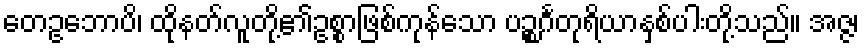
တေဥဘောပိ၊ ထိုနတ်လူတို့၏ဥစ္စာဖြစ်ကုန်သော ပဉ္စင်္ဂတုရိယာနှစ်ပါးတို့သည်။ အဇ္ဇ၊